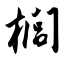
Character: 榈